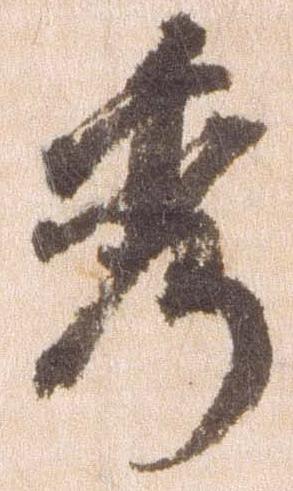
秀